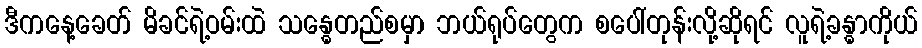
ဒီကနေ့ခေတ် မိခင်ရဲ့ဝမ်းထဲ သန္ဓေတည်စမှာ ဘယ်ရုပ်တွေက စပေါ်တုန်းလို့ဆိုရင် လူရဲ့ခန္ဓာကိုယ်